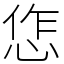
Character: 㤰